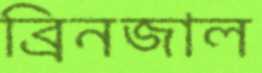
ব্রিনজাল